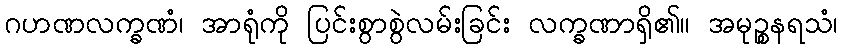
ဂဟဏလက္ခဏံ၊ အာရုံကို ပြင်းစွာစွဲလမ်းခြင်း လက္ခဏာရှိ၏။ အမုဉ္စနရသံ၊